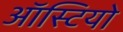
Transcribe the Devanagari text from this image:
ऑस्टियो